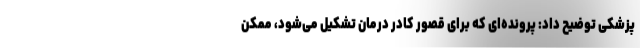
پزشکی توضیح داد: پرونده‌ای که برای قصور کادر درمان تشکیل می‌شود، ممکن